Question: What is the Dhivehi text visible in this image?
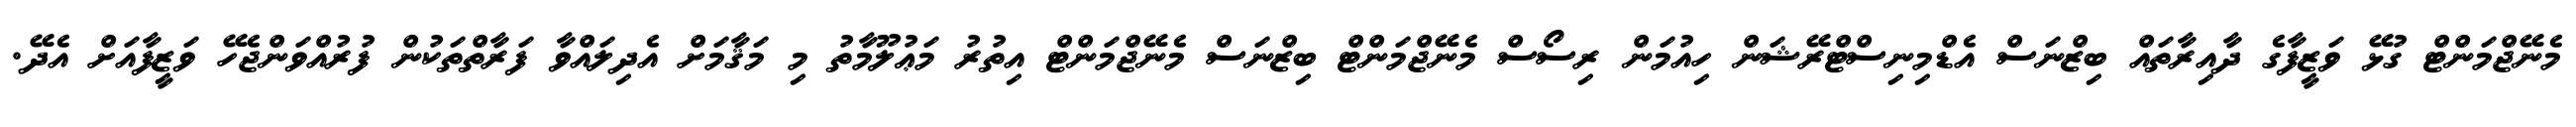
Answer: މެނޭޖްމަންޓް ގުޅޭ ވަޒީފާގެ ދާއިރާތައް ބިޒްނަސް އެޑްމިނިސްޓްރޭޝަން ހިއުމަން ރިސޯސް މެނޭޖްމަންޓް ބިޒްނަސް މެނޭޖްމަންޓް އިތުރު މަޢުލޫމާތު މި މަޤާމަށް އެދިލައްވާ ފަރާތްތަކުން ފުރުއްވަންޖެހޭ ވަޒީފާއަށް އެދޭ.